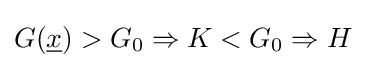
G({\underline {x}})>G_{0}\Rightarrow K<G_{0}\Rightarrow H